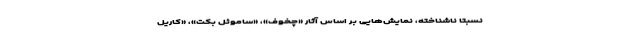
نسبتا ناشناخته، نمایش‌هایی بر اساس آثار «چخوف»، «ساموئل بکت»، «کاریل